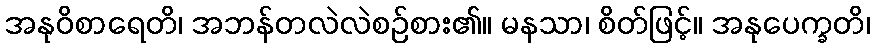
အနုဝိစာရေတိ၊ အဘန်တလဲလဲစဉ်စား၏။ မနသာ၊ စိတ်ဖြင့်။ အနုပေက္ခတိ၊